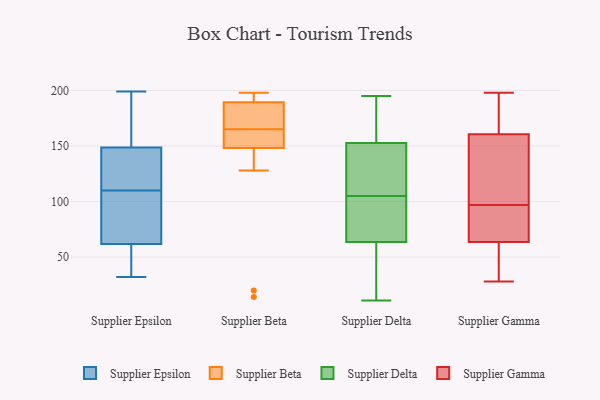
{"axis": {"x": "Budget (USD K)", "y": "Value"}, "legend": ["Supplier Beta", "Supplier Delta", "Supplier Epsilon", "Supplier Gamma"], "data": [{"x": "", "y": 199, "type": "Supplier Epsilon"}, {"x": "", "y": 198, "type": "Supplier Epsilon"}, {"x": "", "y": 138, "type": "Supplier Epsilon"}, {"x": "", "y": 32, "type": "Supplier Epsilon"}, {"x": "", "y": 99, "type": "Supplier Epsilon"}, {"x": "", "y": 123, "type": "Supplier Epsilon"}, {"x": "", "y": 35, "type": "Supplier Epsilon"}, {"x": "", "y": 58, "type": "Supplier Epsilon"}, {"x": "", "y": 73, "type": "Supplier Epsilon"}, {"x": "", "y": 53, "type": "Supplier Epsilon"}, {"x": "", "y": 142, "type": "Supplier Epsilon"}, {"x": "", "y": 80, "type": "Supplier Epsilon"}, {"x": "", "y": 110, "type": "Supplier Epsilon"}, {"x": "", "y": 175, "type": "Supplier Epsilon"}, {"x": "", "y": 151, "type": "Supplier Epsilon"}, {"x": "", "y": 198, "type": "Supplier Beta"}, {"x": "", "y": 158, "type": "Supplier Beta"}, {"x": "", "y": 166, "type": "Supplier Beta"}, {"x": "", "y": 155, "type": "Supplier Beta"}, {"x": "", "y": 14, "type": "Supplier Beta"}, {"x": "", "y": 159, "type": "Supplier Beta"}, {"x": "", "y": 20, "type": "Supplier Beta"}, {"x": "", "y": 185, "type": "Supplier Beta"}, {"x": "", "y": 128, "type": "Supplier Beta"}, {"x": "", "y": 191, "type": "Supplier Beta"}, {"x": "", "y": 193, "type": "Supplier Beta"}, {"x": "", "y": 189, "type": "Supplier Beta"}, {"x": "", "y": 165, "type": "Supplier Beta"}, {"x": "", "y": 60, "type": "Supplier Delta"}, {"x": "", "y": 169, "type": "Supplier Delta"}, {"x": "", "y": 74, "type": "Supplier Delta"}, {"x": "", "y": 105, "type": "Supplier Delta"}, {"x": "", "y": 183, "type": "Supplier Delta"}, {"x": "", "y": 76, "type": "Supplier Delta"}, {"x": "", "y": 89, "type": "Supplier Delta"}, {"x": "", "y": 17, "type": "Supplier Delta"}, {"x": "", "y": 152, "type": "Supplier Delta"}, {"x": "", "y": 195, "type": "Supplier Delta"}, {"x": "", "y": 54, "type": "Supplier Delta"}, {"x": "", "y": 153, "type": "Supplier Delta"}, {"x": "", "y": 11, "type": "Supplier Delta"}, {"x": "", "y": 146, "type": "Supplier Delta"}, {"x": "", "y": 109, "type": "Supplier Delta"}, {"x": "", "y": 61, "type": "Supplier Gamma"}, {"x": "", "y": 107, "type": "Supplier Gamma"}, {"x": "", "y": 114, "type": "Supplier Gamma"}, {"x": "", "y": 198, "type": "Supplier Gamma"}, {"x": "", "y": 57, "type": "Supplier Gamma"}, {"x": "", "y": 179, "type": "Supplier Gamma"}, {"x": "", "y": 87, "type": "Supplier Gamma"}, {"x": "", "y": 66, "type": "Supplier Gamma"}, {"x": "", "y": 35, "type": "Supplier Gamma"}, {"x": "", "y": 165, "type": "Supplier Gamma"}, {"x": "", "y": 79, "type": "Supplier Gamma"}, {"x": "", "y": 169, "type": "Supplier Gamma"}, {"x": "", "y": 119, "type": "Supplier Gamma"}, {"x": "", "y": 78, "type": "Supplier Gamma"}, {"x": "", "y": 156, "type": "Supplier Gamma"}, {"x": "", "y": 85, "type": "Supplier Gamma"}, {"x": "", "y": 39, "type": "Supplier Gamma"}, {"x": "", "y": 28, "type": "Supplier Gamma"}, {"x": "", "y": 184, "type": "Supplier Gamma"}, {"x": "", "y": 151, "type": "Supplier Gamma"}]}